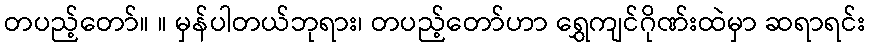
တပည့်တော်။ ။ မှန်ပါတယ်ဘုရား၊ တပည့်တော်ဟာ ရွှေကျင်ဂိုဏ်းထဲမှာ ဆရာရင်း